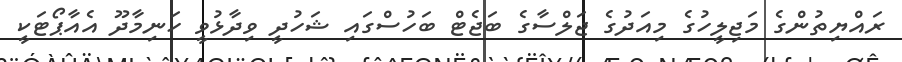
ރައްޔިތުންގެ މަޖިލީހުގެ މިއަދުގެ ޖަލްސާގެ ބަޖެޓް ބަހުސްގައި ޝަހުދީ ވިދާޅުވީ ހަނިމާދޫ އެއާޕޯޓަކީ